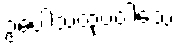
ဥပေါသထုပဝါသေ